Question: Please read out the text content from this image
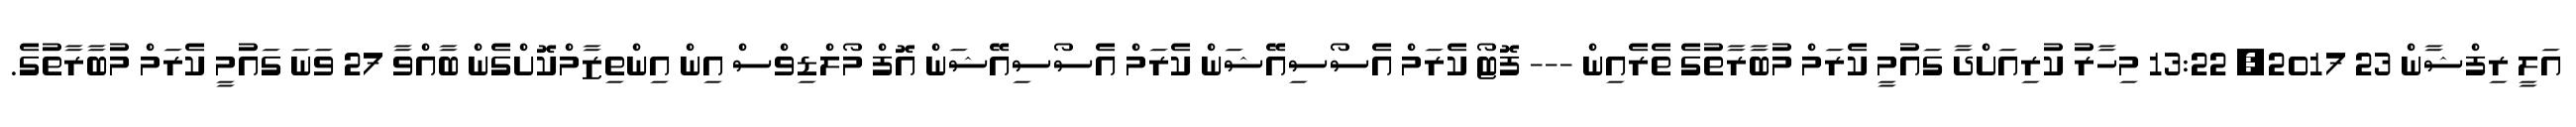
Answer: އަލީ ރިފްޝާން 23 2017, 13:22 މިހާރު ކުރިއަށްދާ ގައުމީ ކެރަމް މުބާރާތުގެ ތެރެއިން --- ފޮޓޯ ކެރަމް އެސޯސިއޭޝަން ކެރަމް އެސޯސިއޭޝަން އޮފް މޯލްޑިވްސް އިން އިންތިޒާމްކޮށްގެން ބާއްވާ 27 ވަނަ ގައުމީ ކެރަމް މުބާރާތުގެ.